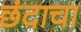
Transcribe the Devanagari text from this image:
छंदाचा